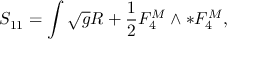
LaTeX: S _ { 1 1 } = \int \sqrt { g } R + \frac { 1 } { 2 } F _ { 4 } ^ { M } \wedge * F _ { 4 } ^ { M } ,